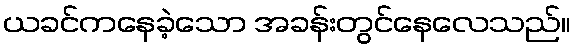
ယခင်ကနေခဲ့သော အခန်းတွင်နေလေသည်။